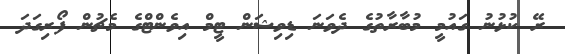
ރޭ ކުޅުނު ގައުމީ މުބާރާތުގެ ދެވަނަ ޑިވިޝަން ޓީމް އިވެންޓްގެ މެޗުން ފޯރިގަދަ